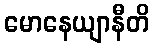
မောနေယျာနီတိ